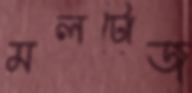
মলটোজ